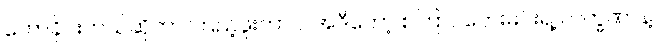
ဟောခိုင်းတယ်ဆိုတာ ကြည့်ဖူးတာပဲ၊ အဲဒီတော့ စကြာဝတေးမင်းရဲ့ လက္ခဏာနဲ့